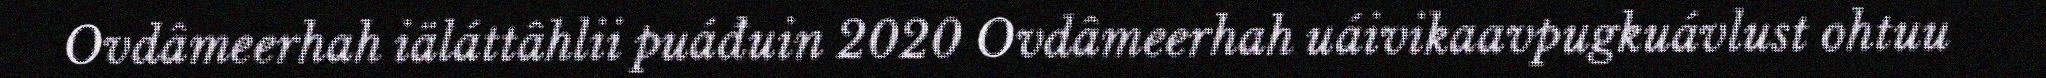
Ovdâmeerhah iäláttâhlii puáđuin 2020 Ovdâmeerhah uáivikaavpugkuávlust ohtuu